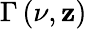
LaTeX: \Gamma\left(\nu,\mathbf{z}\right)